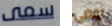
سمى يمضى